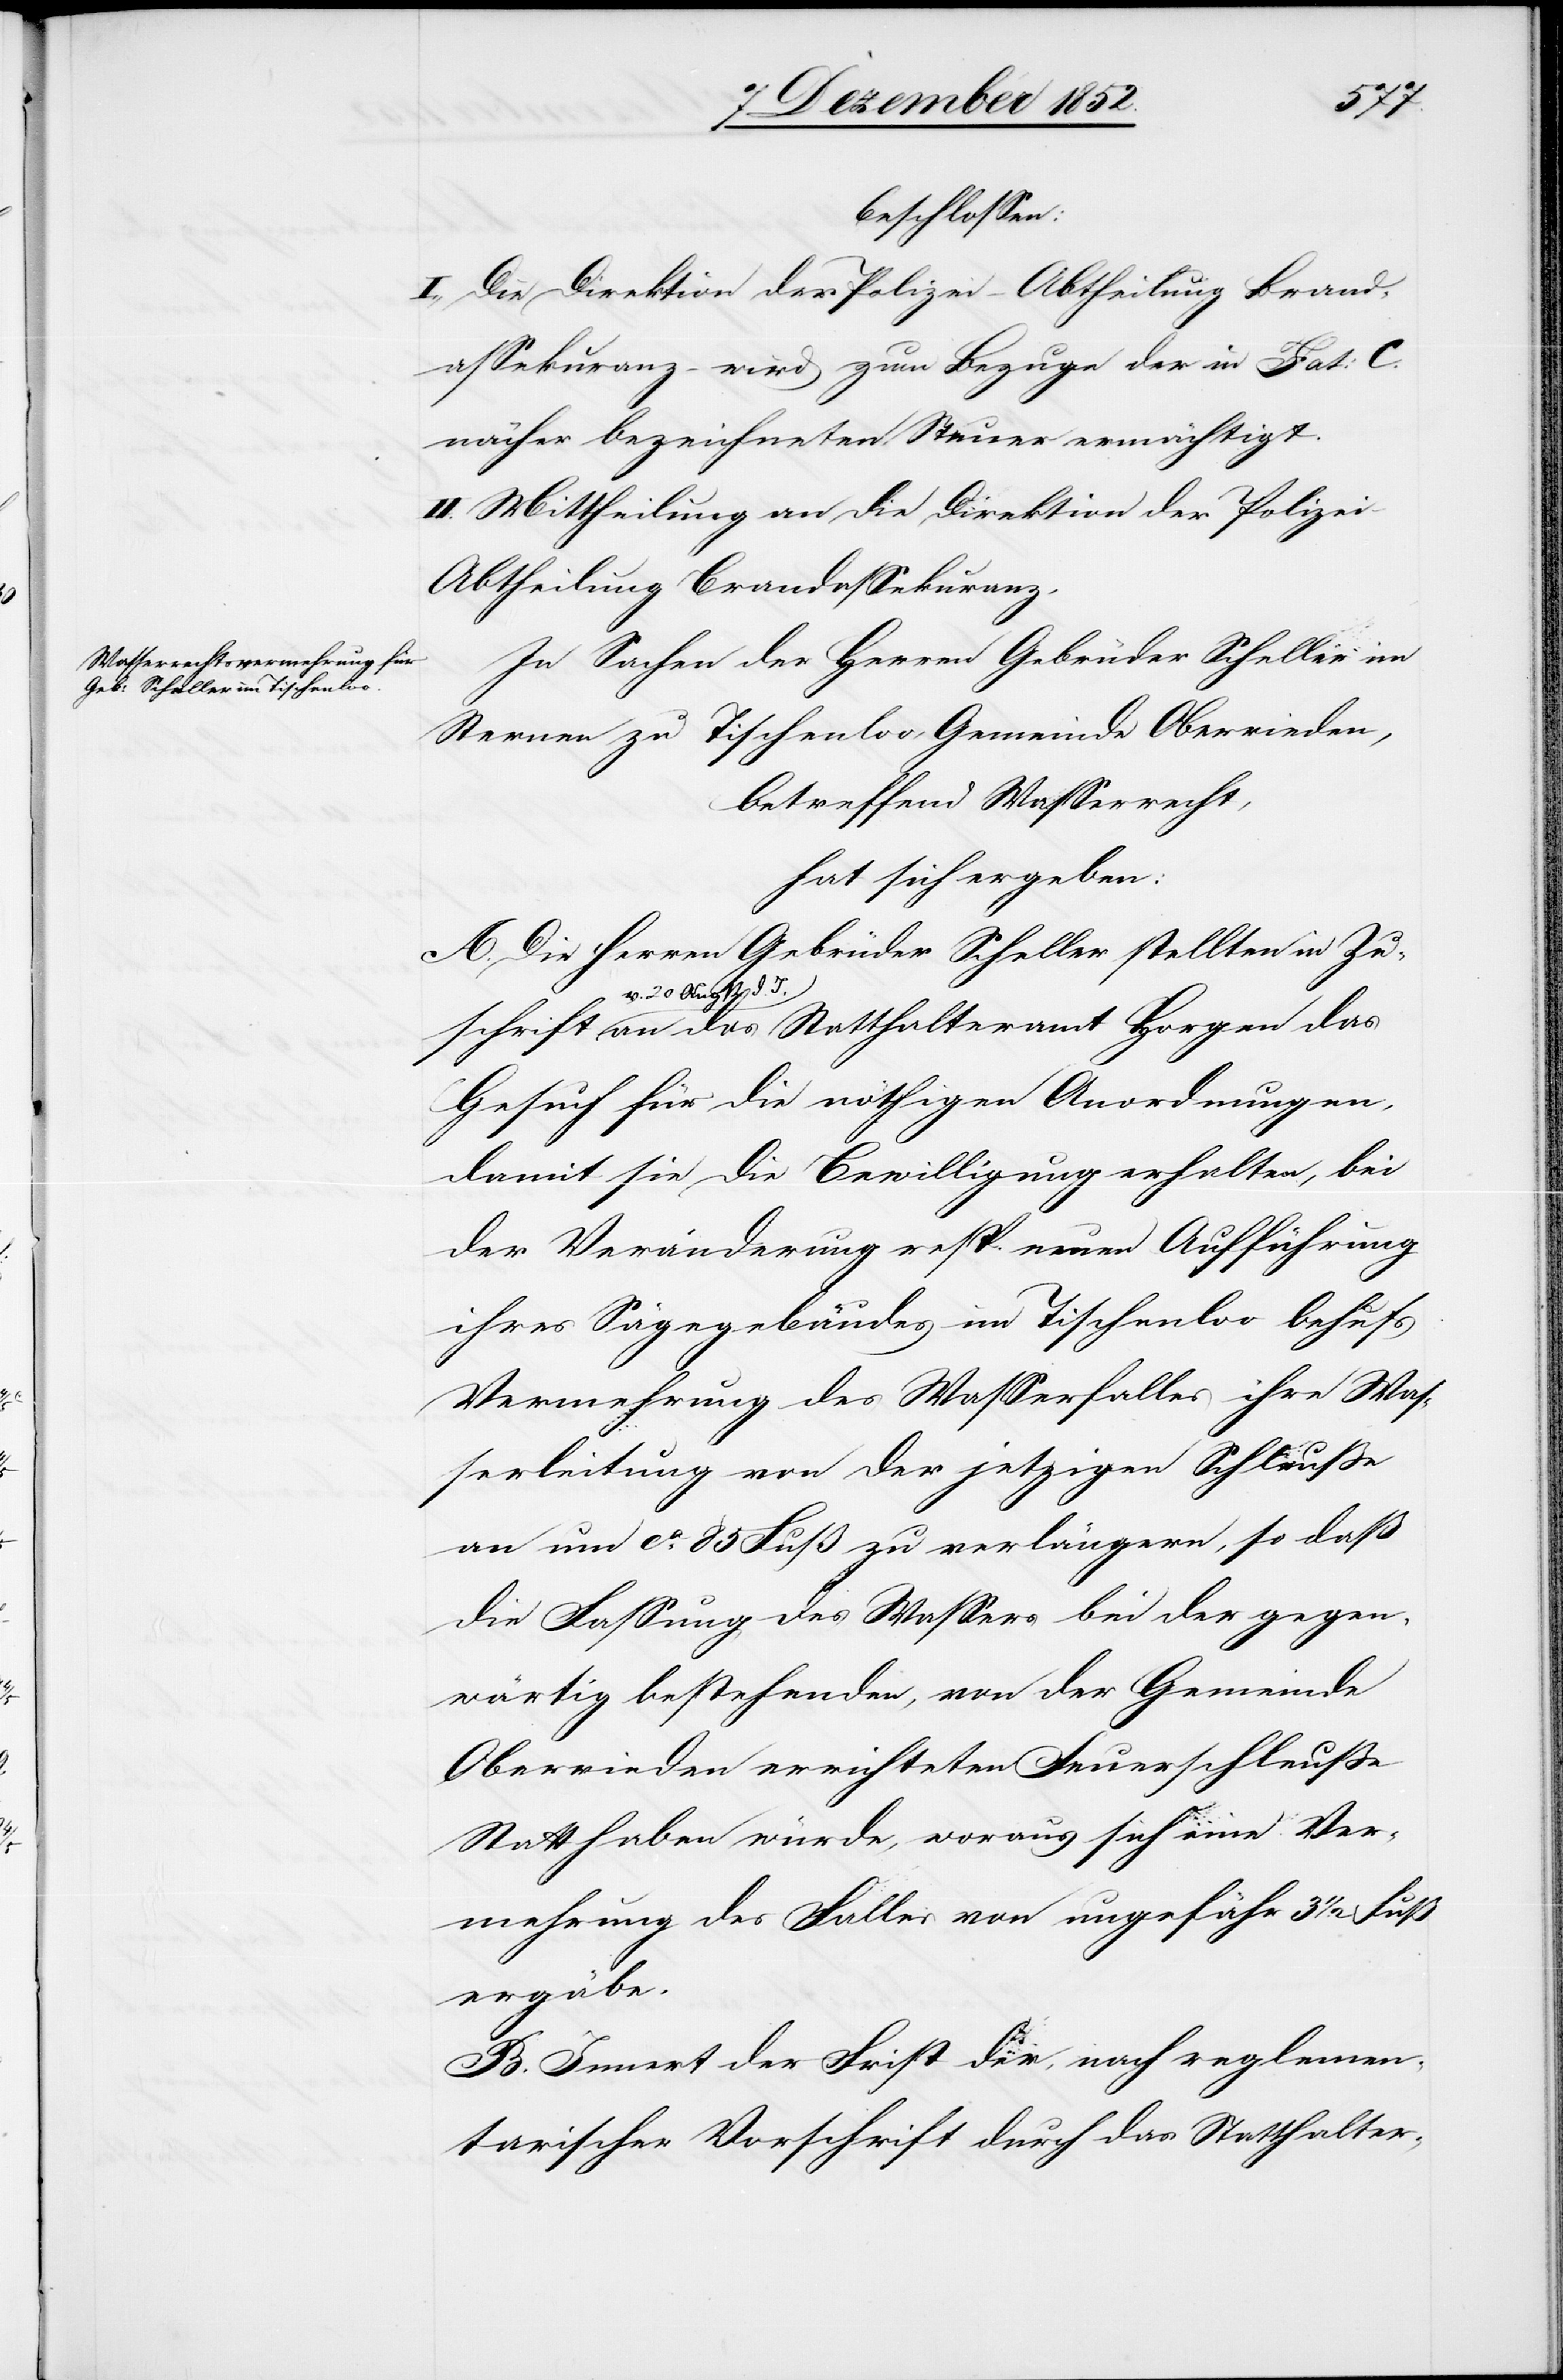
beschlossen:
I., Die Direktion der Polizei – Abtheilung Brand¬
assekuranz – wird zum Bezuge der in Fa[c]t: C.
näher bezeichneten Steuer ermächtigt.
II. Mittheilung an die Direktion der Polizei
Abtheilung Brandassekuranz.